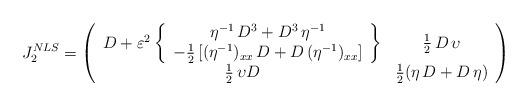
LaTeX: \begin{align*}J^{NLS}_2 = \left( \begin{array}{cc} D + \varepsilon^{2} \left\{ \begin{array}{c} \eta^{-1} \, D^3 + D^3 \, \eta^{-1} \\-\frac{1}{2} \left[ (\eta^{-1})_{xx} \, D + D \, (\eta^{-1})_{xx} \right]\end{array} \right\} & \frac{1}{2} \, D \, \upsilon \\ \frac{1}{2} \, \upsilon D&\frac{1}{2} ( \eta \, D + D \, \eta ) \end{array} \right) \end{align*}